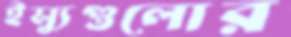
ইস্যুগুলোর